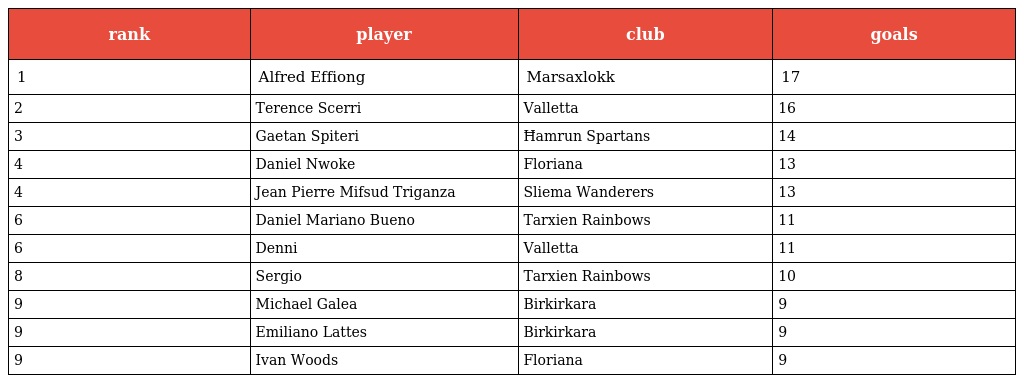
| rank | player | club | goals |
 | --- | --- | --- | --- |
 | 1 | Alfred Effiong | Marsaxlokk | 17 |
 | 2 | Terence Scerri | Valletta | 16 |
 | 3 | Gaetan Spiteri | Ħamrun Spartans | 14 |
 | 4 | Daniel Nwoke | Floriana | 13 |
 | 4 | Jean Pierre Mifsud Triganza | Sliema Wanderers | 13 |
 | 6 | Daniel Mariano Bueno | Tarxien Rainbows | 11 |
 | 6 | Denni | Valletta | 11 |
 | 8 | Sergio | Tarxien Rainbows | 10 |
 | 9 | Michael Galea | Birkirkara | 9 |
 | 9 | Emiliano Lattes | Birkirkara | 9 |
 | 9 | Ivan Woods | Floriana | 9 |